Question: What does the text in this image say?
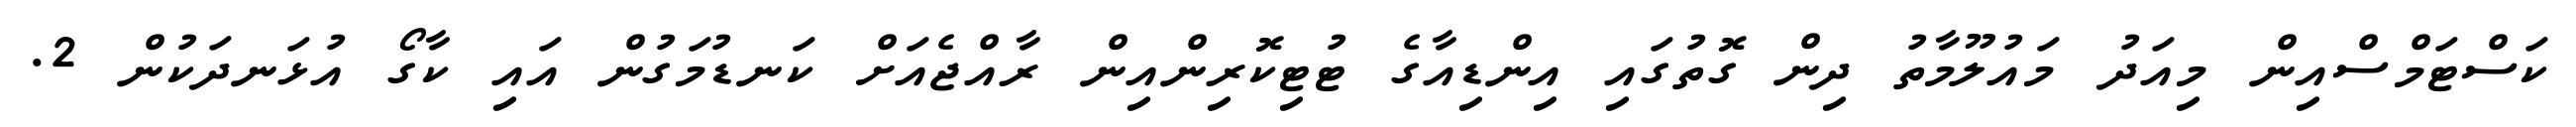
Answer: ކަސްޓަމްސްއިން މިއަދު މައުލޫމާތު ދިން ގޮތުގައި އިންޑިއާގެ ޓުޓިކޮރިންއިން ރާއްޖެއަށް ކަނޑުމަގުން އައި ކާގޯ އުޅަނދަކުން 2.